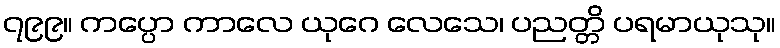
၇၉၉။ ကပ္ပော ကာလေ ယုဂေ လေသေ၊ ပညတ္တိ ပရမာယုသု။